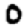
Digit: 0